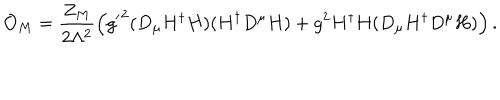
{ \cal O } _ { M } = \frac { Z _ { M } } { 2 \Lambda ^ { 2 } } \left( { g ^ { \prime } } ^ { 2 } ( D _ { \mu } H ^ { \dagger } H ) ( H ^ { \dagger } D ^ { \mu } H ) + g ^ { 2 } H ^ { \dagger } H ( D _ { \mu } H ^ { \dagger } D ^ { \mu } H ) \right) .